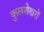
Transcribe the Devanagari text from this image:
कुलशेखरों